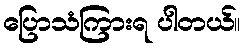
ပြောသံကြားရ ပါတယ်။